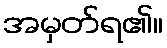
အမှတ်ရ၏။